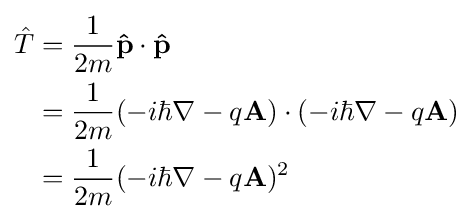
{\begin{aligned}{\hat {T}}&={\frac {1}{2m}}\mathbf {\hat {p}} \cdot \mathbf {\hat {p}} \\&={\frac {1}{2m}}(-i\hbar \nabla -q\mathbf {A} )\cdot (-i\hbar \nabla -q\mathbf {A} )\\&={\frac {1}{2m}}(-i\hbar \nabla -q\mathbf {A} )^{2}\end{aligned}}\,\!